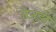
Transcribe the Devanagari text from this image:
जेजुड़ो